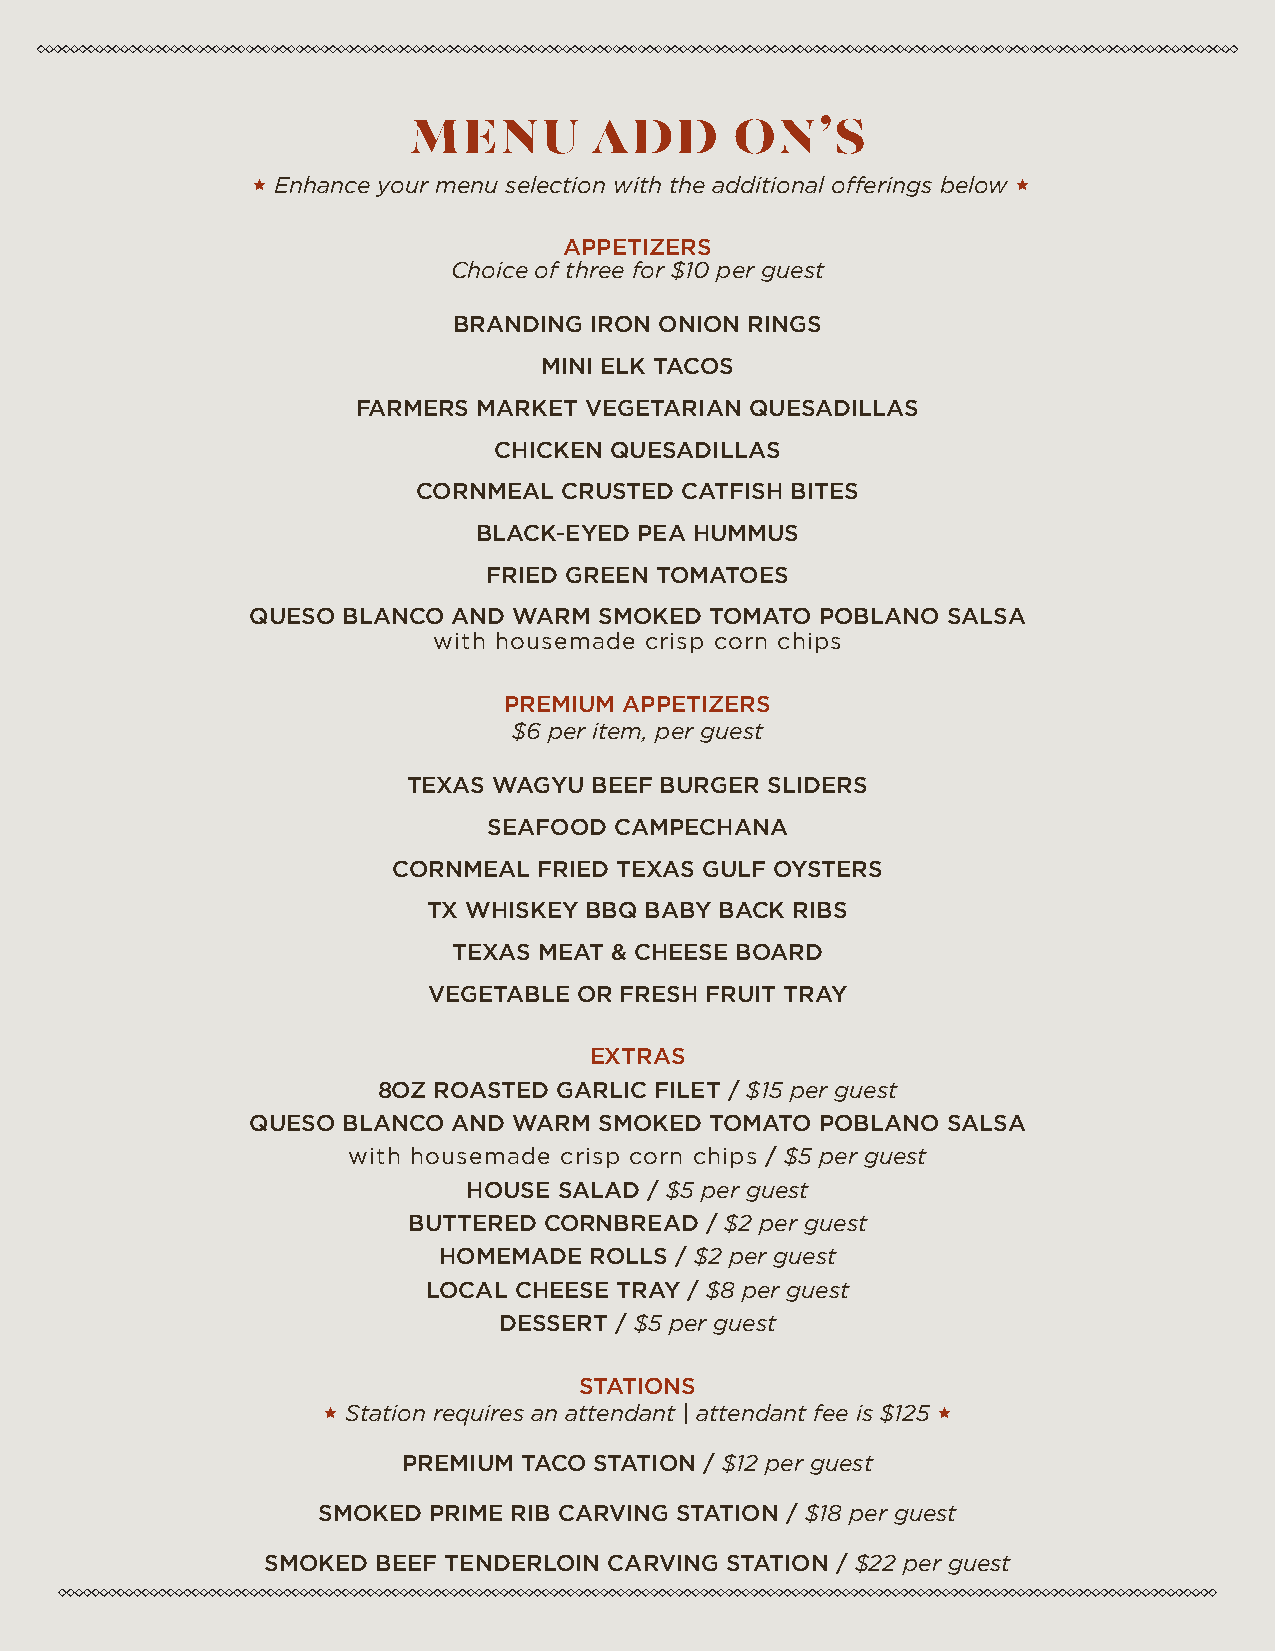
MENU        ADD       ON’S
  Enhance your menu selection with the additional offerings below 
 APPETIZERS
 Choice of three for $10 per guest
 BRANDING IRON ONION RINGS
 MINI ELK TACOS
 FARMERS MARKET VEGETARIAN QUESADILLAS
 CHICKEN QUESADILLAS
 CORNMEAL CRUSTED CATFISH BITES
 BLACK-EYED PEA HUMMUS
 FRIED GREEN TOMATOES
 QUESO  BLANCO AND WARM  SMOKED TOMATO POBLANO  SALSA
 with housemade crisp corn chips
 PREMIUM APPETIZERS
 $6 per item, per guest
 TEXAS WAGYU BEEF BURGER SLIDERS
 SEAFOOD  CAMPECHANA
 CORNMEAL  FRIED TEXAS GULF OYSTERS
 TX WHISKEY BBQ BABY BACK RIBS
 TEXAS MEAT & CHEESE BOARD
 VEGETABLE OR FRESH FRUIT TRAY
 EXTRAS
 8OZ ROASTED GARLIC FILET / $15 per guest
 QUESO BLANCO AND WARM  SMOKED TOMATO POBLANO  SALSA
 with housemade crisp corn chips / $5 per guest
 HOUSE SALAD / $5 per guest
 BUTTERED CORNBREAD  / $2 per guest
 HOMEMADE  ROLLS / $2 per guest
 LOCAL CHEESE TRAY / $8 per guest
 DESSERT / $5 per guest
 STATIONS
  Station requires an attendant | attendant fee is $125 
 PREMIUM TACO STATION / $12 per guest
 SMOKED PRIME RIB CARVING STATION / $18 per guest
 SMOKED BEEF TENDERLOIN CARVING STATION / $22 per guest